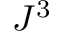
J ^ { 3 }